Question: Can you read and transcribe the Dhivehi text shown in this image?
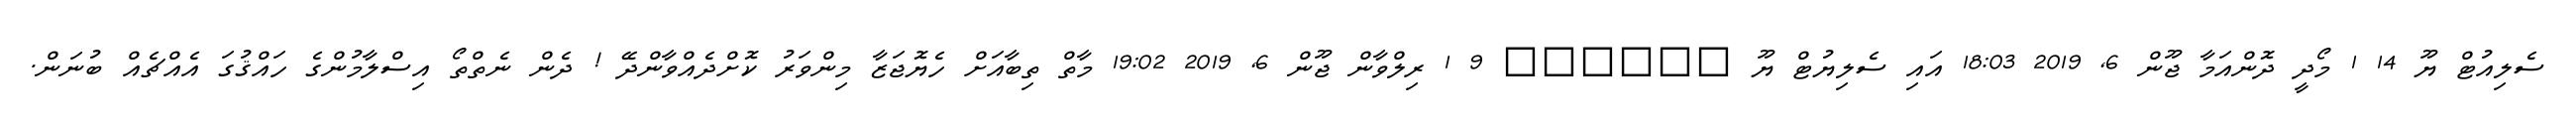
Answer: ސެލިއުޓް ޔޫ 14 1 މޯދީ ދޮންއަމާ ޖޫން 6, 2019 18:03 އައި ސެލިޔުޓް ޔޫ ?????? 9 1 ރިލްވާން ޖޫން 6, 2019 19:02 މާތް ތިބާއަށް ހެޔޮޖަޒާ މިންވަރު ކޮށްދެއްވާންދޭ ! ދެން ނެތްތޯ އިސްލާމުންގެ ހައްޤުގަ އެއްޗެއް ބުނަން.